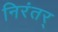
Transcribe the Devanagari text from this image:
निरंतर्